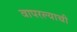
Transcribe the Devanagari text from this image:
वापरल्याची